Juuru_vallavalitsus, lk 27
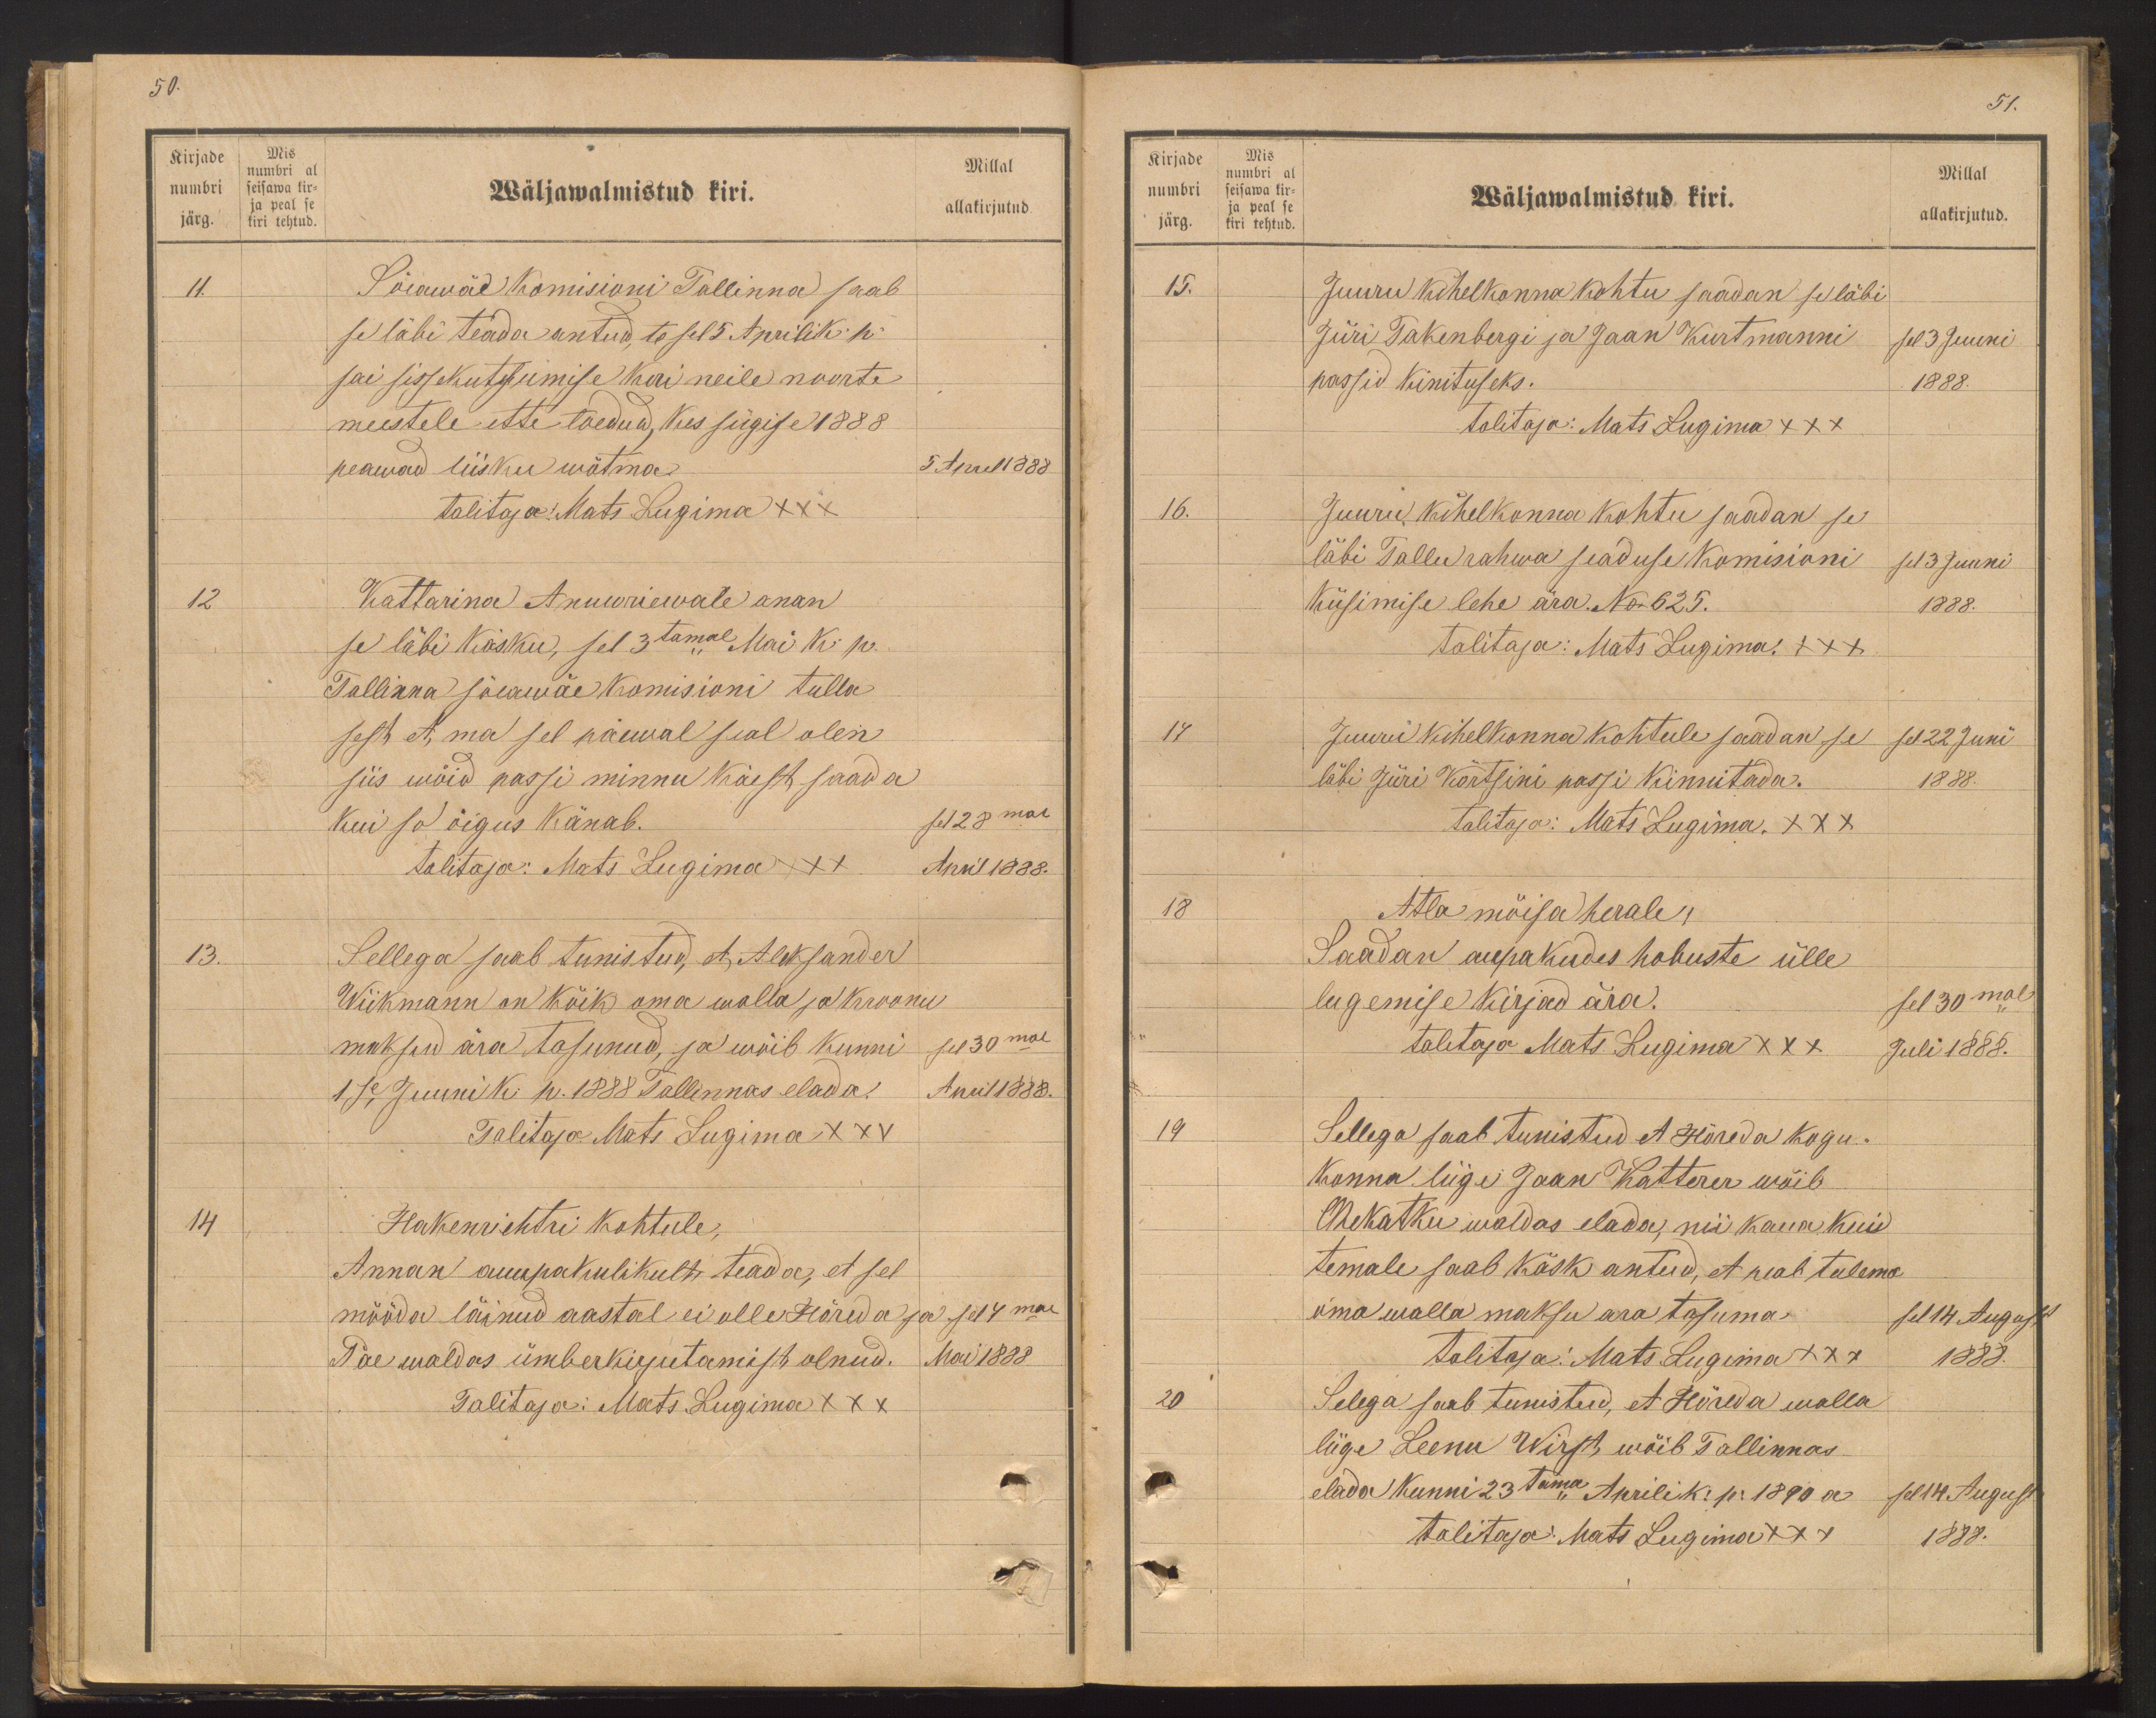
Kirjade
numbri
järg.
Mis
numbri al
seisawa kir-
ja peal se
kiri tehtud.

50.
Millal
Wäljawalmistud kiri.
allakirjutud.
11.
Sõeawäe Komisioni Tallinna saab
se läbi teada antud, te sel 5 Aprili k p.
sai sissekutsumise kiri neile noorte
meestele ette toedud, kes sügise 1888
peawad liisku wõtma.
5 April 1888
talitaja: Mats Lugima XXX
12
Kattarina Anuuriewale anan
se läbi käsku, sel 3tamal Mai k. p.
Tallinna sõeawäe Komisioni tulla
sest et ma sel päewal seal olen
siis wöid passi minnu käest saada
kui so õigus känab.
sel 28mal
talitaja: Mats Lugima +++
April 1888.
13.
Sellega saab tunistud, et Aleksander
Wiikmann on kõik oma walla ja kroonu
maksud ära tasunud, ja wõib kunni sel 30mal
1se Juuni k. p. 1888 Tallinnas elada.
April 1888.
Talitaja Mats Lugima XXX
14
Hakenrichtri kohtule,
Annan auupakulikult teada, et sel
mööda läinud aastal ei olle Hõreda ja
sel 4mal
Pae waldas ümberkirjutamist olnud.
Mai 1888
Talitaja: Mats Lugima XXX

Kirjade
numbri
järg.
Mis
numbri al
seisawa kir-
ja peal se
kiri tehtud.

51.
Millal
Wäljawalmistud kiri.
allakirjutud.
15.
Juuru kihelkonna kohtu saadan se läbi
Jüri Takenbergi ja Jaan Kurtmanni
sel 3 Juuni
passid kinituseks.
1888.
Talitaja: Mats Lugima XXX
16.
Juuru kihelkonna kohtu saadan se
läbi Tallurahwa seaduse Komisioni
sel 3 Juuni
Küsimise lehe ära. No 625.
1888.
talitaja: Mats Lugima +++
17.
Juuru kihelkonna kohtule saadan se sel 22 Juni
läbi Jüri Kõrtsini passi kinnitada.
1888.
talitaja: Mats Lugima XXX
18
Atla mõisa herale!
Saadan aupakudes hobuste ülle
lugemise kirjad ära.
sel 30mal
talitaja Mats. Lugima XXX
Juli 1888.
19
Sellega saab tunistud et Hõreda kogu-
Konna liige Jaan Katterer wõib
Ohekatku waldas elada, nii kaua kui
temale saab käsk antud, et peab tulema
oma walla maksu ara tasuma.
sel 14 August
talitaja: Mats Lugima XXX
1888.
20
Selega saab tunistud, et Hõreda walla
liige Leenu Wirst, wõib Tallinnas
elada kunni 23tama Aprili k. p. 1890 a.
sel 14 August
talitaja: Mats Lugima +++
1888.